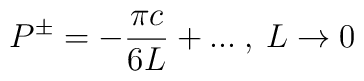
P^{\pm }=-\frac{\pi c}{6L}+...\: ,\: L\rightarrow 0